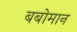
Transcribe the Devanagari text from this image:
बबोमान